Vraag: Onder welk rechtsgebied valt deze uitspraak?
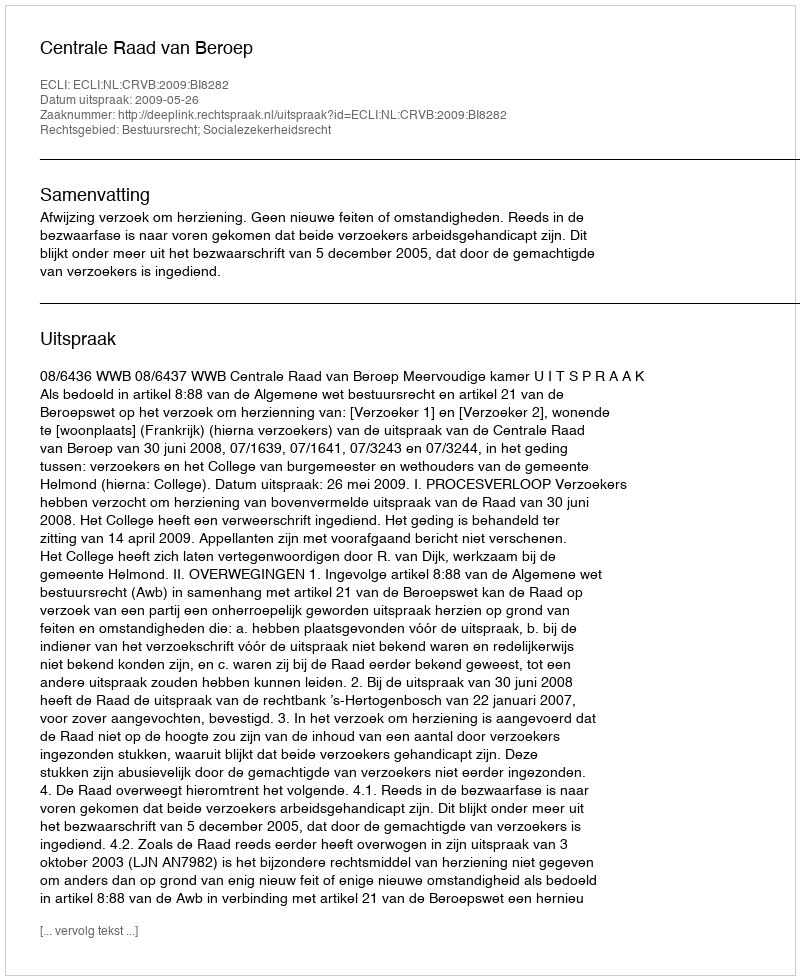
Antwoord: Bestuursrecht; Socialezekerheidsrecht